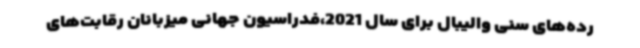
رده‌های سنی والیبال برای سال 2021،فدراسیون جهانی میزبانان رقابت‌های